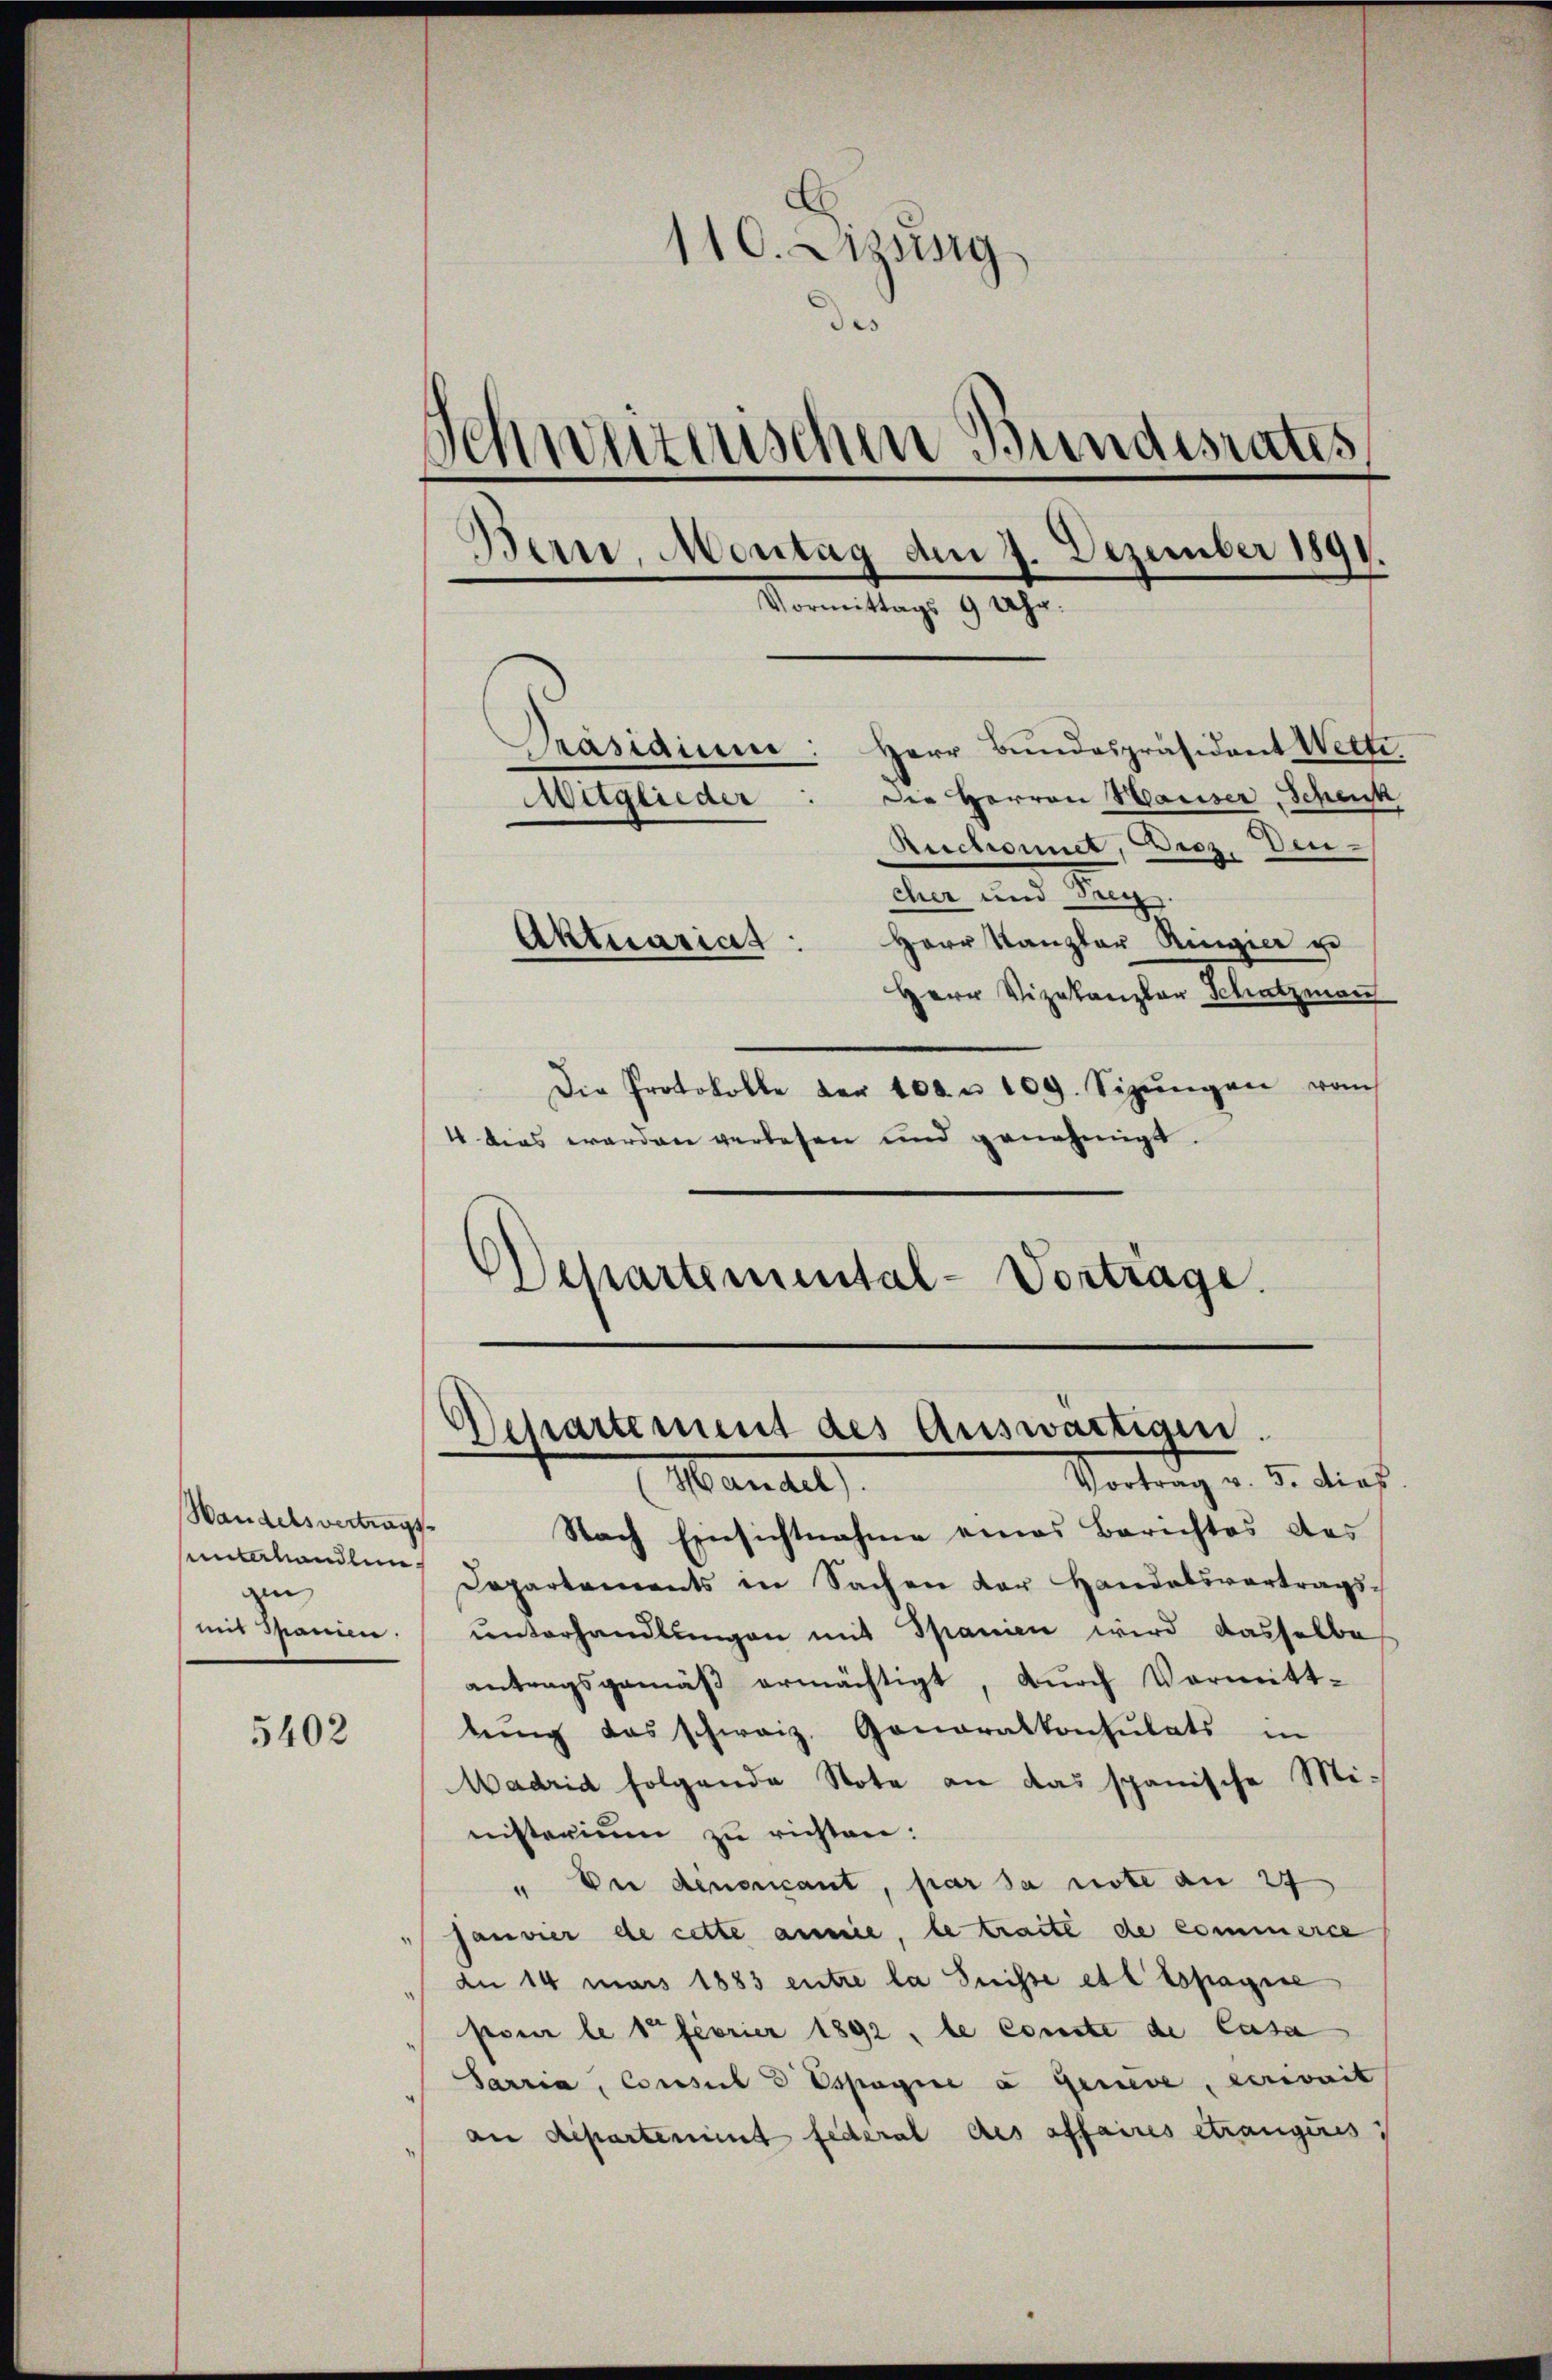
Handelsvertrags
Unterhandlungen

5402

110. Dizsig
des
Schweizerischen Bundesrates
Bern, Montag am 7. Dezember 1891.
Vormittags 9 Uhr.
Präsidium: Herr Bundespräsident Wette
Die Herren Waiser, Schenk
Mitglieder
Reichnet, Diez, Deu-
cher und Teig.
Herr Kanzler Ringier ge
Aktuariat

Herr Vizekanzler Schatzman
Die Protokolle der 100. u 109. Sizŭngen vom
4 dies worden verlesen und genehmigt.
Departemental-Vortrage.

Vortrag v. 5. dies
Mandel
Nach Einsichtnahme eines Berichtes das
Departements in Sachen der Handelsvortragsmd Spanien. unterhandlungen mit Spanien wird dasselbe
antragsgemäβ ermächtigt, dŭrch Vormitt-
bŭng das schweiz. Gonoralkonsulats in
Madrid folgende Note an das spanische Mi-
nisterium zu richten:
" Der denoncant, par sa note an 27
Janvier de cette annie, le traite de commerce
au 14 mais 1883 entre la Suisse et l. Espagire
pour le 1 feorier 1892, le conste de Casa
Sarria, Consul E Espagnie a Geneve, errisait
an Repartement federal des affaires étrangiris

Departement des Auswärtigen.